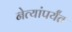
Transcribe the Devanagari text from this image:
नेत्यांपर्यंत